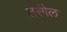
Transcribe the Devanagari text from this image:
तरंगेल